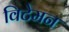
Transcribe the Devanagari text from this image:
विटेमन